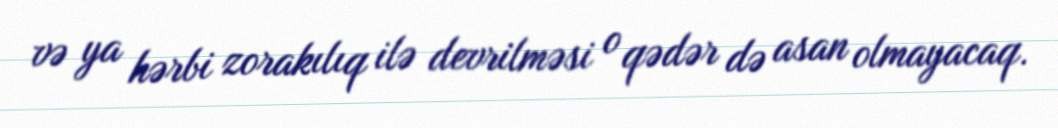
və ya hərbi zorakılıq ilə devrilməsi o qədər də asan olmayacaq.